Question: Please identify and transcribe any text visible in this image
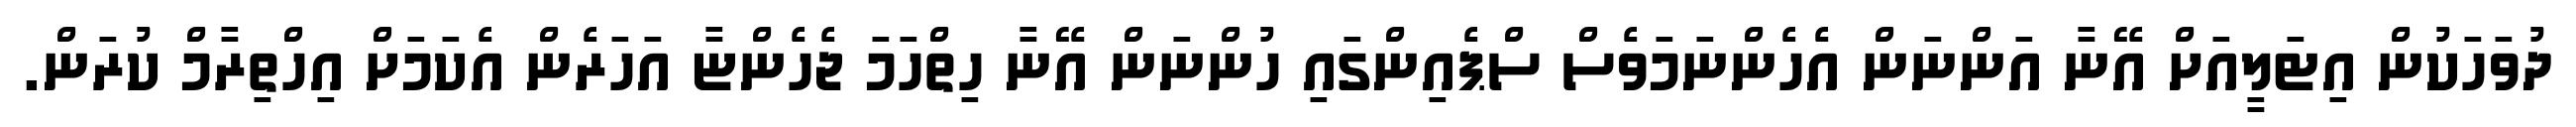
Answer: ދުވަހަކުން އިޓަލީއަށް އޭނާ އަންނަން އެހެންނަމަވެސް ސްޕެއިންގައި ހުންނަން އޭނާ ހިތްހަމަ ޖެހެންޏާ އަހަރެން އެކަމަށް އިހްތިރާމް ކުރަން.